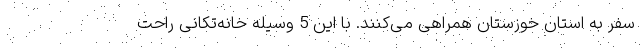
سفر به استان خوزستان همراهی می‌کنند. با این 5 وسیله خانه‌تکانی راحت